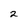
Character: 2